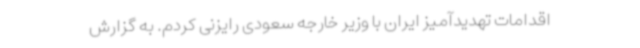
اقدامات تهدیدآمیز ایران با وزیر خارجه سعودی رایزنی کردم. به گزارش